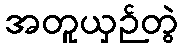
အတူယှဉ်တွဲ